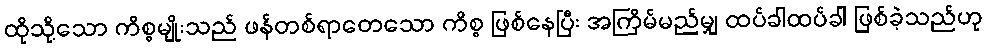
ထိုသို့သော ကိစ္စမျိုးသည် ဖန်တစ်ရာတေသော ကိစ္စ ဖြစ်နေပြီး အကြိမ်မည်မျှ ထပ်ခါထပ်ခါ ဖြစ်ခဲ့သည်ဟု